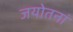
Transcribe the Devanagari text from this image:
जयोतनां